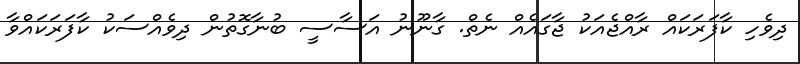
ދިވެހި ކާފަރަކައް ރާއްޖެއަކު ޖާގައެއް ނެތް. ގާނޫނު އަސާސީ ބުނާގޮތުން ދިވެއްސަކު ކާފަރަކައްވާ